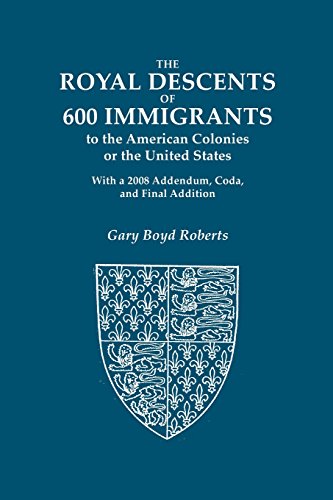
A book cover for The Royal Descents of 600 Immigrants to the American Colonies or the United States: Who Were Themselves Notable or Left Descendants Notable in American History. 2 Volumes as 1 book; Gary Boyd Roberts; Reference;